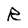
Character: R